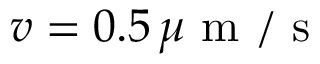
v = 0 . 5 \, \mu \mathrm { ~ m ~ } / \mathrm { ~ s ~ }